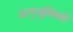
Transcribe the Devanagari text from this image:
अनुभूतिको